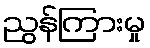
ညွန်ကြားမှု